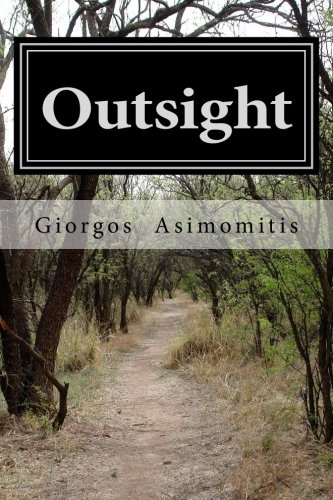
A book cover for Outsight; Giorgos Asimomitis; Literature & Fiction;